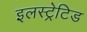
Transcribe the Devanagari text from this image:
इलस्ट्रेटिड